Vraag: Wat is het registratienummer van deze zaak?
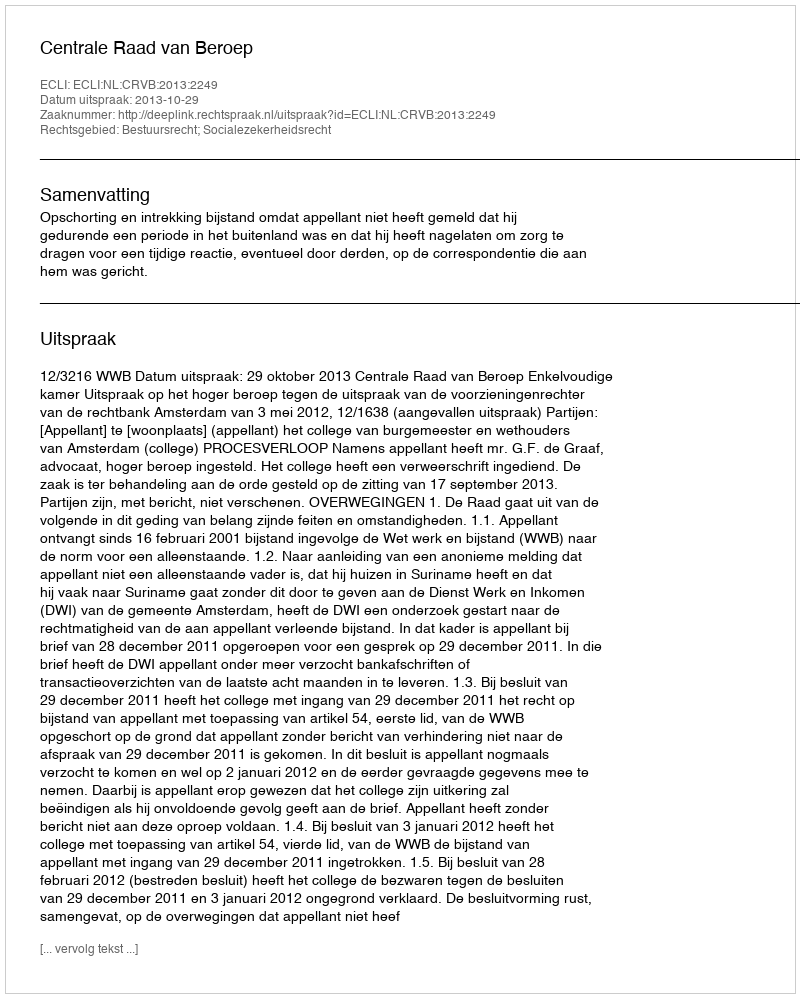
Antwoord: http://deeplink.rechtspraak.nl/uitspraak?id=ECLI:NL:CRVB:2013:2249